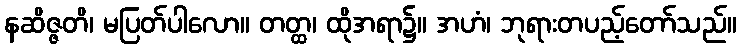
နဆိဇ္ဇတိ၊ မပြတ်ပါလော။ တတ္ထ၊ ထိုအရာ၌။ အဟံ၊ ဘုရားတပည့်တော်သည်။